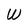
Character: W